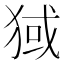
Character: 𬌶